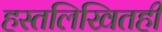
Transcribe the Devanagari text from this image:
हस्तलिखितही